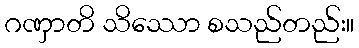
ဂဏှာတိ သိဿော စသည်တည်း။